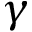
\boldsymbol { \gamma }